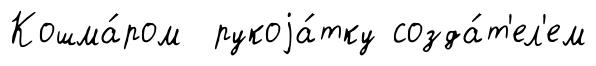
Кошма́ром рукоjа́тку созда́т'ел'ем